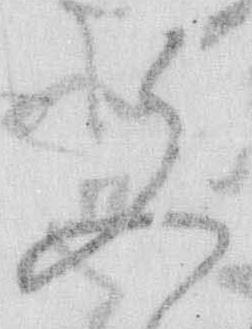
文